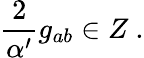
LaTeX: {\frac{2}{\alpha^{\prime}}}g_{ab}\in Z\ .